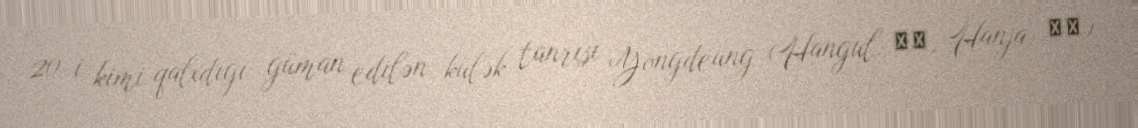
20-i kimi qalxdığı güman edilən külək tanrısı Yongdeung (Hangul: 영등, Hanja: 靈登)